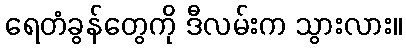
ရေတံခွန်တွေကို ဒီလမ်းက သွားလား။